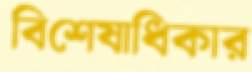
বিশেষাধিকার